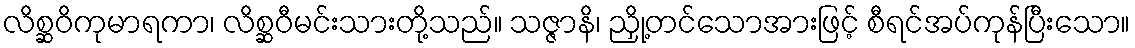
လိစ္ဆဝိကုမာရကာ၊ လိစ္ဆဝီမင်းသားတို့သည်။ သဇ္ဇာနိ၊ ညှို့တင်သောအားဖြင့် စီရင်အပ်ကုန်ပြီးသော။